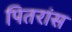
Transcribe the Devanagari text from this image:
पितरांस